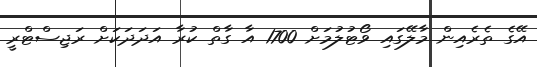
އޭގެ ތެރެއިން މާލޭގައި ވޯޓުލުމަށް 1700 އާ ގާތް ކުރާ އަދަދަކަށް ރަޖިސްޓްރީ